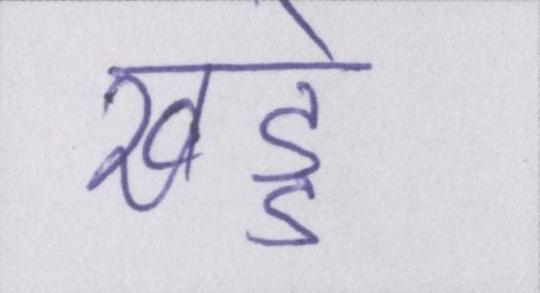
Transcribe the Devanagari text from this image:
खड्डे